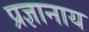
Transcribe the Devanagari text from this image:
प्रज्ञानाय